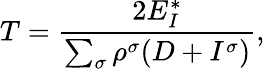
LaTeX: T=\frac{2E_{I}^{*}}{\sum_{\sigma}\rho^{\sigma}(D+I^{\sigma})},